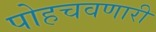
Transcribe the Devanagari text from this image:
पोहचवणारी